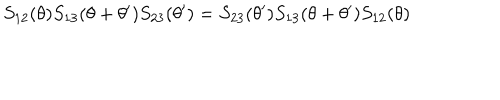
LaTeX: S _ { 1 2 } ( \theta ) S _ { 1 3 } ( \theta + \theta ^ { \prime } ) S _ { 2 3 } ( \theta ^ { \prime } ) = S _ { 2 3 } ( \theta ^ { \prime } ) S _ { 1 3 } ( \theta + \theta ^ { \prime } ) S _ { 1 2 } ( \theta )